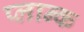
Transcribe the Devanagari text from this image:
प्लान्क